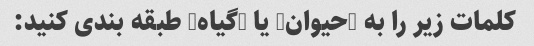
کلمات زیر را به "حیوان" یا "گیاه" طبقه بندی کنید: